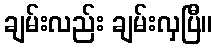
ချမ်းလည်း ချမ်းလှပြီ။